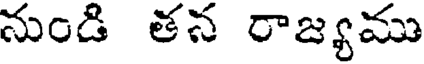
నుండి తన రాజ్యము